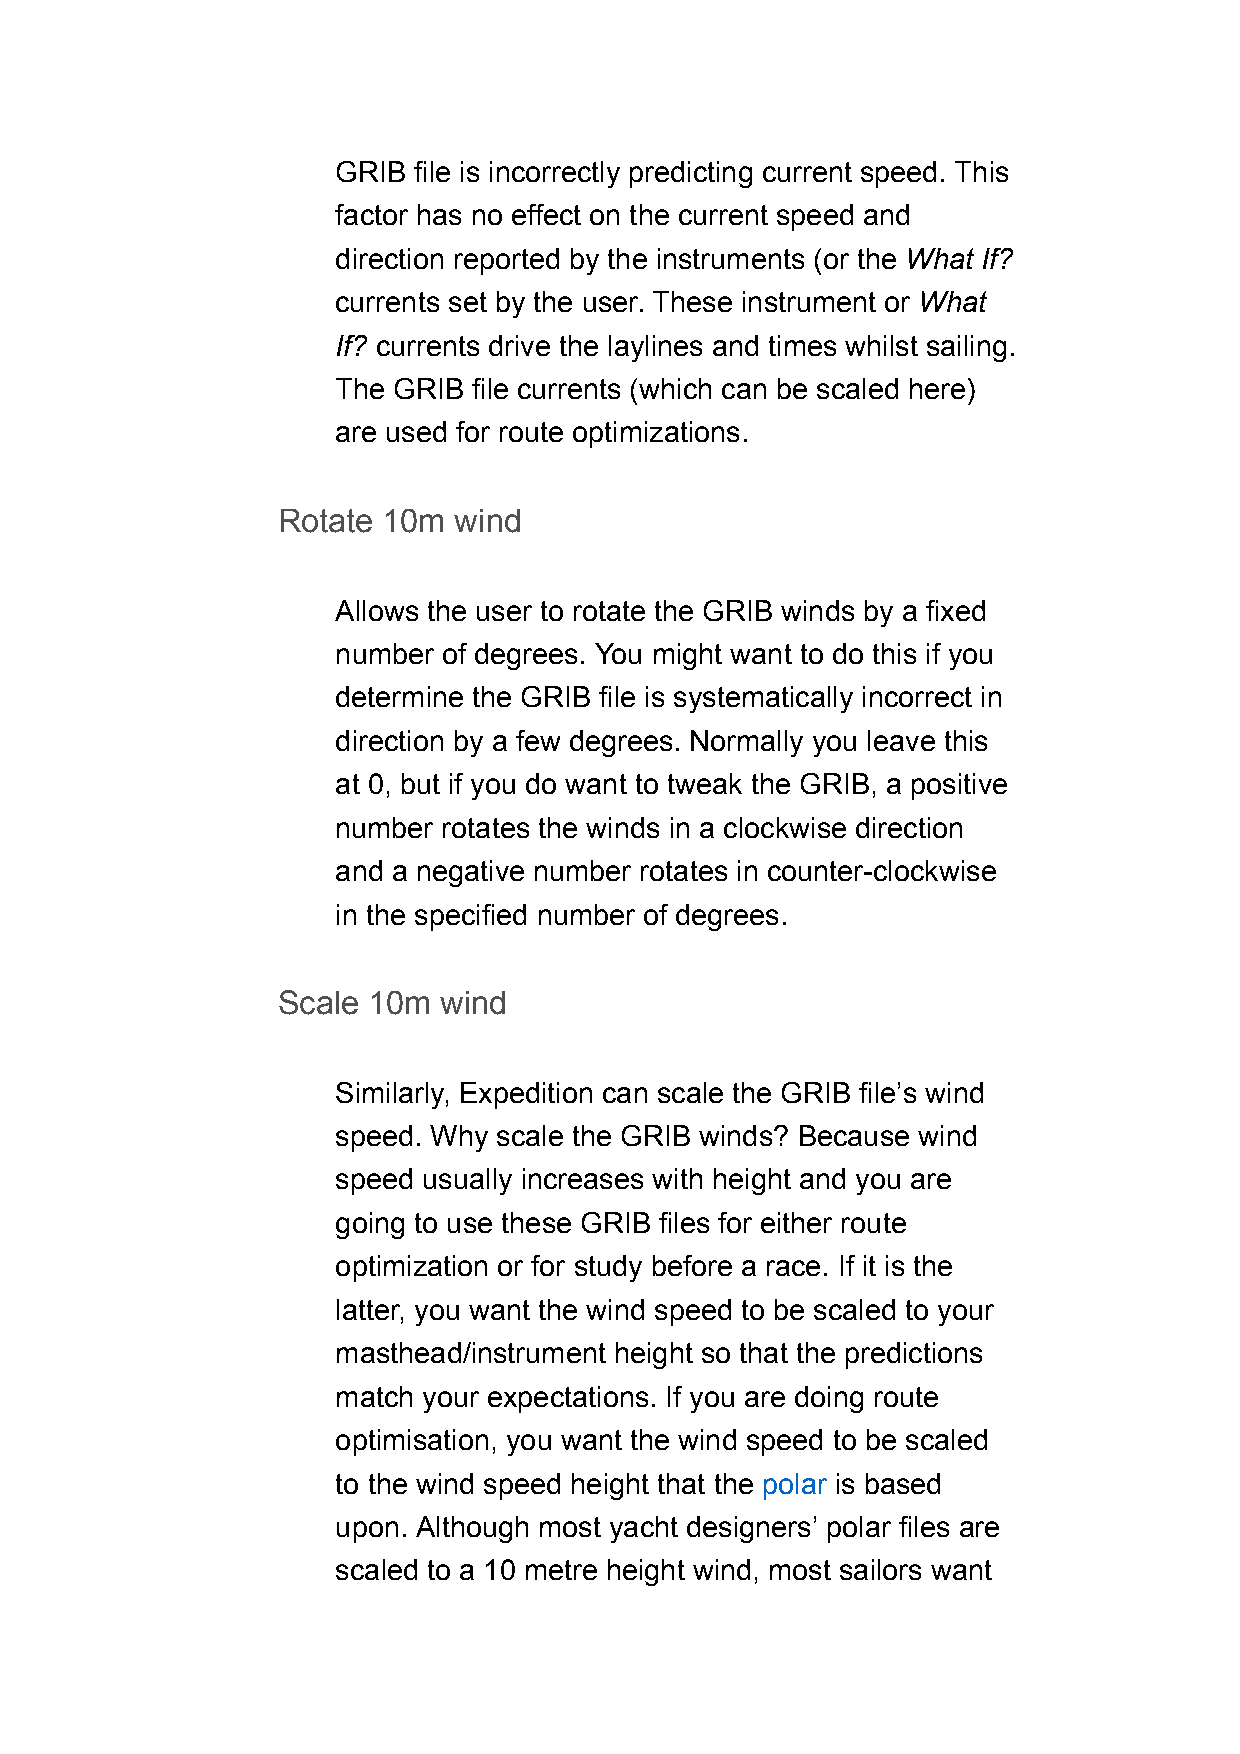
GRIB file is incorrectly predicting current speed. This
 factor has no effect on the current speed and
 direction reported by the instruments (or the What If?
 currents set by the user. These instrument or What
 If? currents drive the laylines and times whilst sailing.
 The GRIB file currents (which can be scaled here)
 are used for route optimizations.
 Rotate 10m  wind
 Allows the user to rotate the GRIB winds by a fixed
 number of degrees. You might want to do this if you
 determine the GRIB file is systematically incorrect in
 direction by a few degrees. Normally you leave this
 at 0, but if you do want to tweak the GRIB, a positive
 number rotates the winds in a clockwise direction
 and a negative number rotates in counter-clockwise
 in the specified number of degrees.
 Scale 10m  wind
 Similarly, Expedition can scale the GRIB file’s wind
 speed. Why scale the GRIB winds? Because wind
 speed usually increases with height and you are
 going to use these GRIB files for either route
 optimization or for study before a race. If it is the
 latter, you want the wind speed to be scaled to your
 masthead/instrument height so that the predictions
 match your expectations. If you are doing route
 optimisation, you want the wind speed to be scaled
 to the wind speed height that the polar is based
 upon. Although most yacht designers’ polar files are
 scaled to a 10 metre height wind, most sailors want